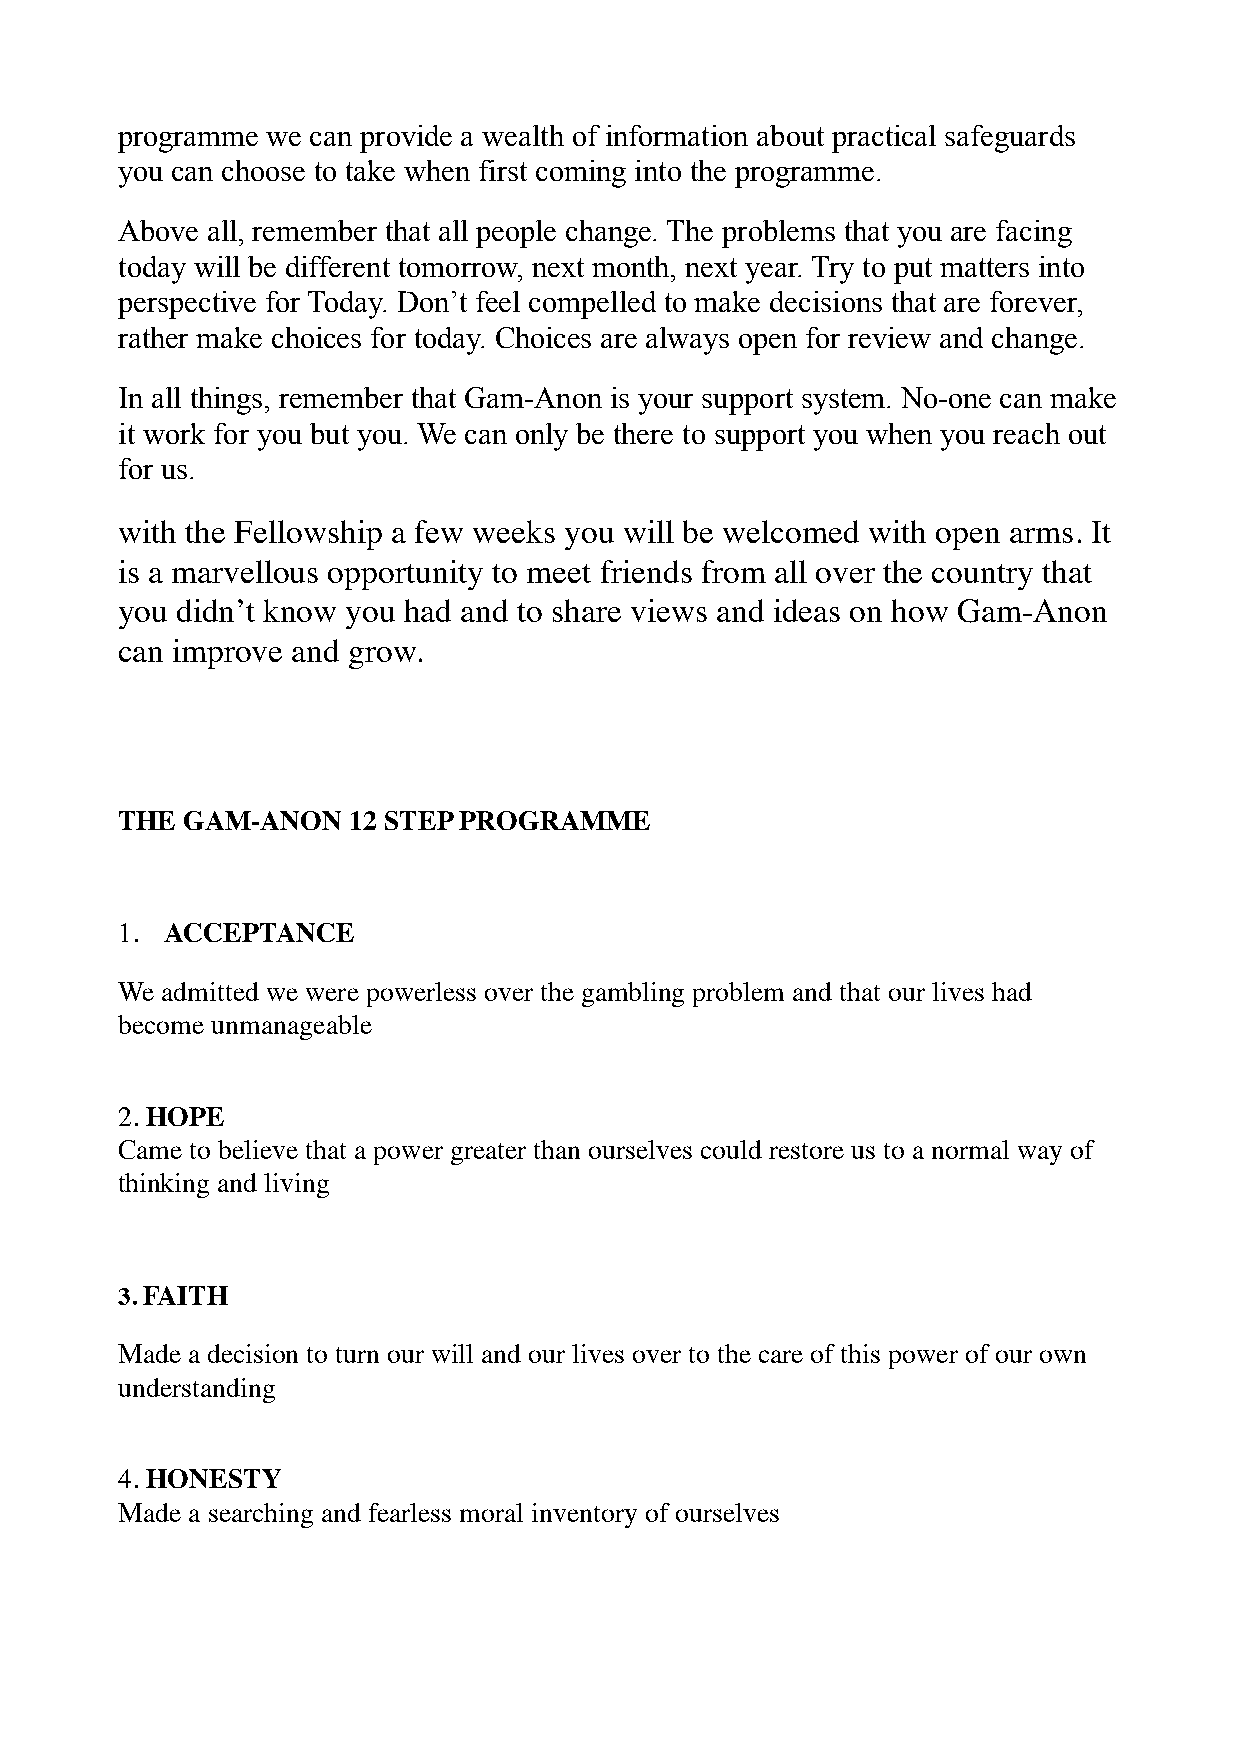
programme we can provide a wealth of information about practical safeguards
 you can choose to take when first coming into the programme.
 Above all, remember that all people change. The problems that you are facing
 today will be different tomorrow, next month, next year. Try to put matters into
 perspective for Today. Don’t feel compelled to make decisions that are forever,
 rather make choices for today. Choices are always open for review and change.
 In all things, remember that Gam-Anon is your support system. No-one can make
 it work for you but you. We can only be there to support you when you reach out
 for us.
 with the Fellowship a few weeks you will be welcomed with open arms. It
 is a marvellous opportunity to meet friends from all over the country that
 you didn’t know you had and to share views and ideas on how Gam-Anon
 can improve and grow.
 THE GAM-ANON   12 STEP PROGRAMME
 1. ACCEPTANCE
 We admitted we were powerless over the gambling problem and that our lives had
 become unmanageable
 2. HOPE
 Came to believe that a power greater than ourselves could restore us to a normal way of
 thinking and living
 3. FAITH
 Made a decision to turn our will and our lives over to the care of this power of our own
 understanding
 4. HONESTY
 Made a searching and fearless moral inventory of ourselves